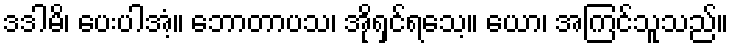
ဒဒါမိ၊ ပေးပါအံ့။ ဘောတာပသ၊ အိုရှင်ရသေ့။ ယော၊ အကြင်သူသည်။